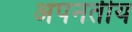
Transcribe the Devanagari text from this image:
अपनतीय